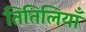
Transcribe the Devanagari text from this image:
तितिलियाँ